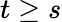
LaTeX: t\geq s